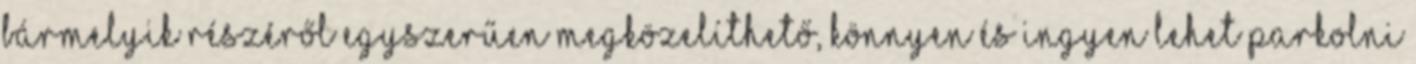
bármelyik részéről egyszerűen megközelíthető, könnyen és ingyen lehet parkolni